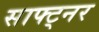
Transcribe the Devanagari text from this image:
साफ्ट्नर